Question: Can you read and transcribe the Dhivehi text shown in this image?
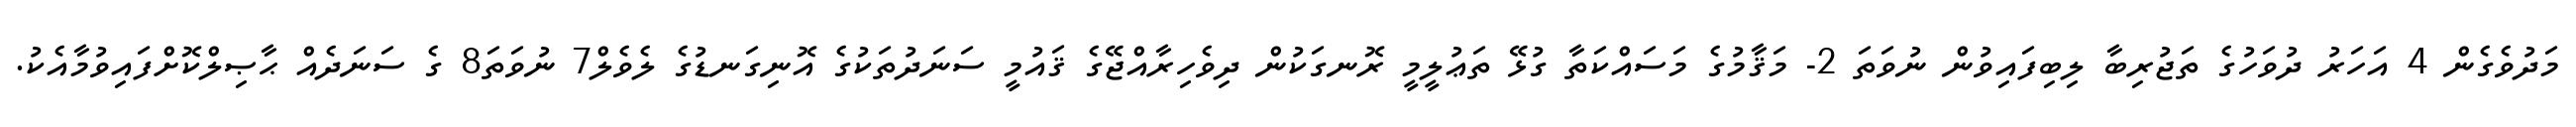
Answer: މަދުވެގެން 4 އަހަރު ދުވަހުގެ ތަޖުރިބާ ލިބިފައިވުން ނުވަތަ 2- މަޤާމުގެ މަސައްކަތާ ގުޅޭ ތަޢުލީމީ ރޮނގަކުން ދިވެހިރާއްޖޭގެ ޤައުމީ ސަނަދުތަކުގެ އޮނިގަނޑުގެ ލެވެލް7 ނުވަތަ8 ގެ ސަނަދެއް ޙާޞިލްކޮށްފައިވުމާއެކު.